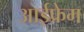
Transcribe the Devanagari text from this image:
आईफ्रेम